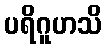
ပရိဂူဟသိ